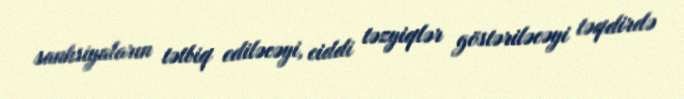
sanksiyaların tətbiq ediləcəyi, ciddi təzyiqlər göstəriləcəyi təqdirdə